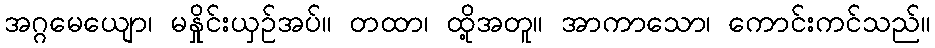
အဂ္ဂမေယျော၊ မနှိုင်းယှဉ်အပ်။ တထာ၊ ထို့အတူ။ အာကာသော၊ ကောင်းကင်သည်။